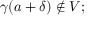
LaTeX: \gamma ( a + \delta ) \notin V ;